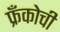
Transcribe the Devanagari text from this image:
फ्रँकोची